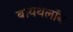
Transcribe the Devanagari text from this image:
बायथलॉन